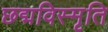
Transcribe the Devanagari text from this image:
छद्मविस्मृति